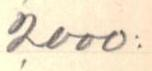
2000: